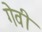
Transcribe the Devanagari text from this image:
गेवी